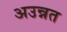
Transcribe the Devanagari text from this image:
अउन्नत